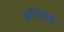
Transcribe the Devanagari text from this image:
अथितींचे